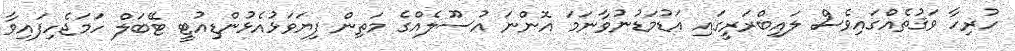
ހުރިހާ ވަޤުތެއްގައިވެސް ލައިބްރަރީގައި އަޑުމަޑުނުވާނަމަ އޮންނަ އުސޫލެއްގެ މަތިން ފިޔަވަޅުއެޅުންޑިއުޓީ ޓޭބަލް ހަމަޖެހިފައިވާ